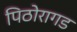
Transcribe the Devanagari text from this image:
पिठोरागड